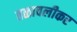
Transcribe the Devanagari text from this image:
तळावलीकर